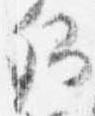
卿